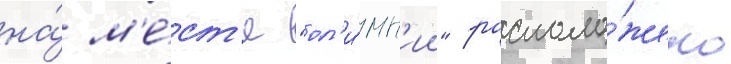
на́ м'е́ст'е "ол'и́мп'ии" располо́жено